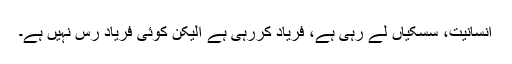
انسانیت، سسکیاں لے رہی ہے، فریاد کررہی ہے الیکن کوئی فریاد رس نہیں ہے۔